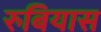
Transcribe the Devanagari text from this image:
रुबियास